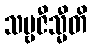
သဗ္ဗဇီသ္မီတိ